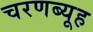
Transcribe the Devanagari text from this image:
चरणब्यूह